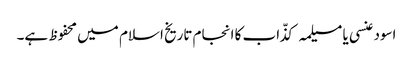
اسود عنسی یا مسیلمہ کذّاب کا انجام تاریخ اسلام میں محفوظ ہے۔